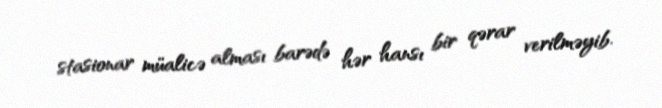
stasionar müalicə alması barədə hər hansı bir qərar verilməyib.